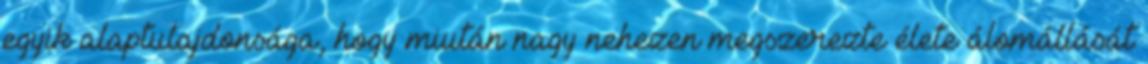
egyik alaptulajdonsága, hogy miután nagy nehezen megszerezte élete álomállását